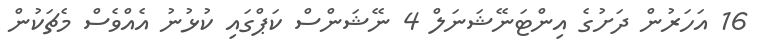
16 އަހަރުން ދަށުގެ އިންޓަނޭޝަނަލް 4 ނޭޝަންސް ކަޕްގައި ކުޅުނު އެއްވެސް މެޗަކުން